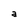
Character: a